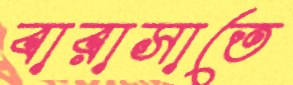
বারাসাতে